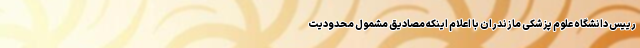
رییس دانشگاه علوم پزشکی مازندران با اعلام اینکه مصادیق مشمول محدودیت